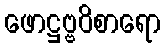
ဖောဋ္ဌဗ္ဗဝိစာရော